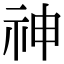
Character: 神